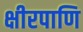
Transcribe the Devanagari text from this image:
क्षीरपाणि